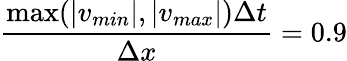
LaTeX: \frac{\operatorname*{max}(|v_{min}|,|v_{max}|)\Delta t}{\Delta x}=0.9